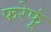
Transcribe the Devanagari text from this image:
फरेफूं